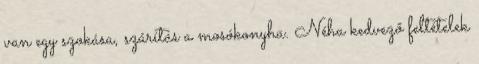
van egy szokása, szárítás a mosókonyha. Néha kedvező feltételek